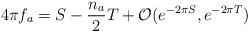
LaTeX: \begin{align*}4\pi f_a =S -\frac{n_a}{2} T + {\cal O}(e^{-2\pi S},e^{-2\pi T})\end{align*}